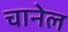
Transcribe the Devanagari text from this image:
चानेल